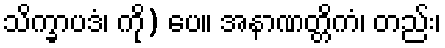
သိက္ခာပဒံ၊ ကို) ပေ။ အနာဏတ္တိကံ၊ တည်း၊